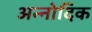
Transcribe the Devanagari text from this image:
अन्नोदिक